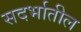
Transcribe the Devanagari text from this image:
सदर्भातील